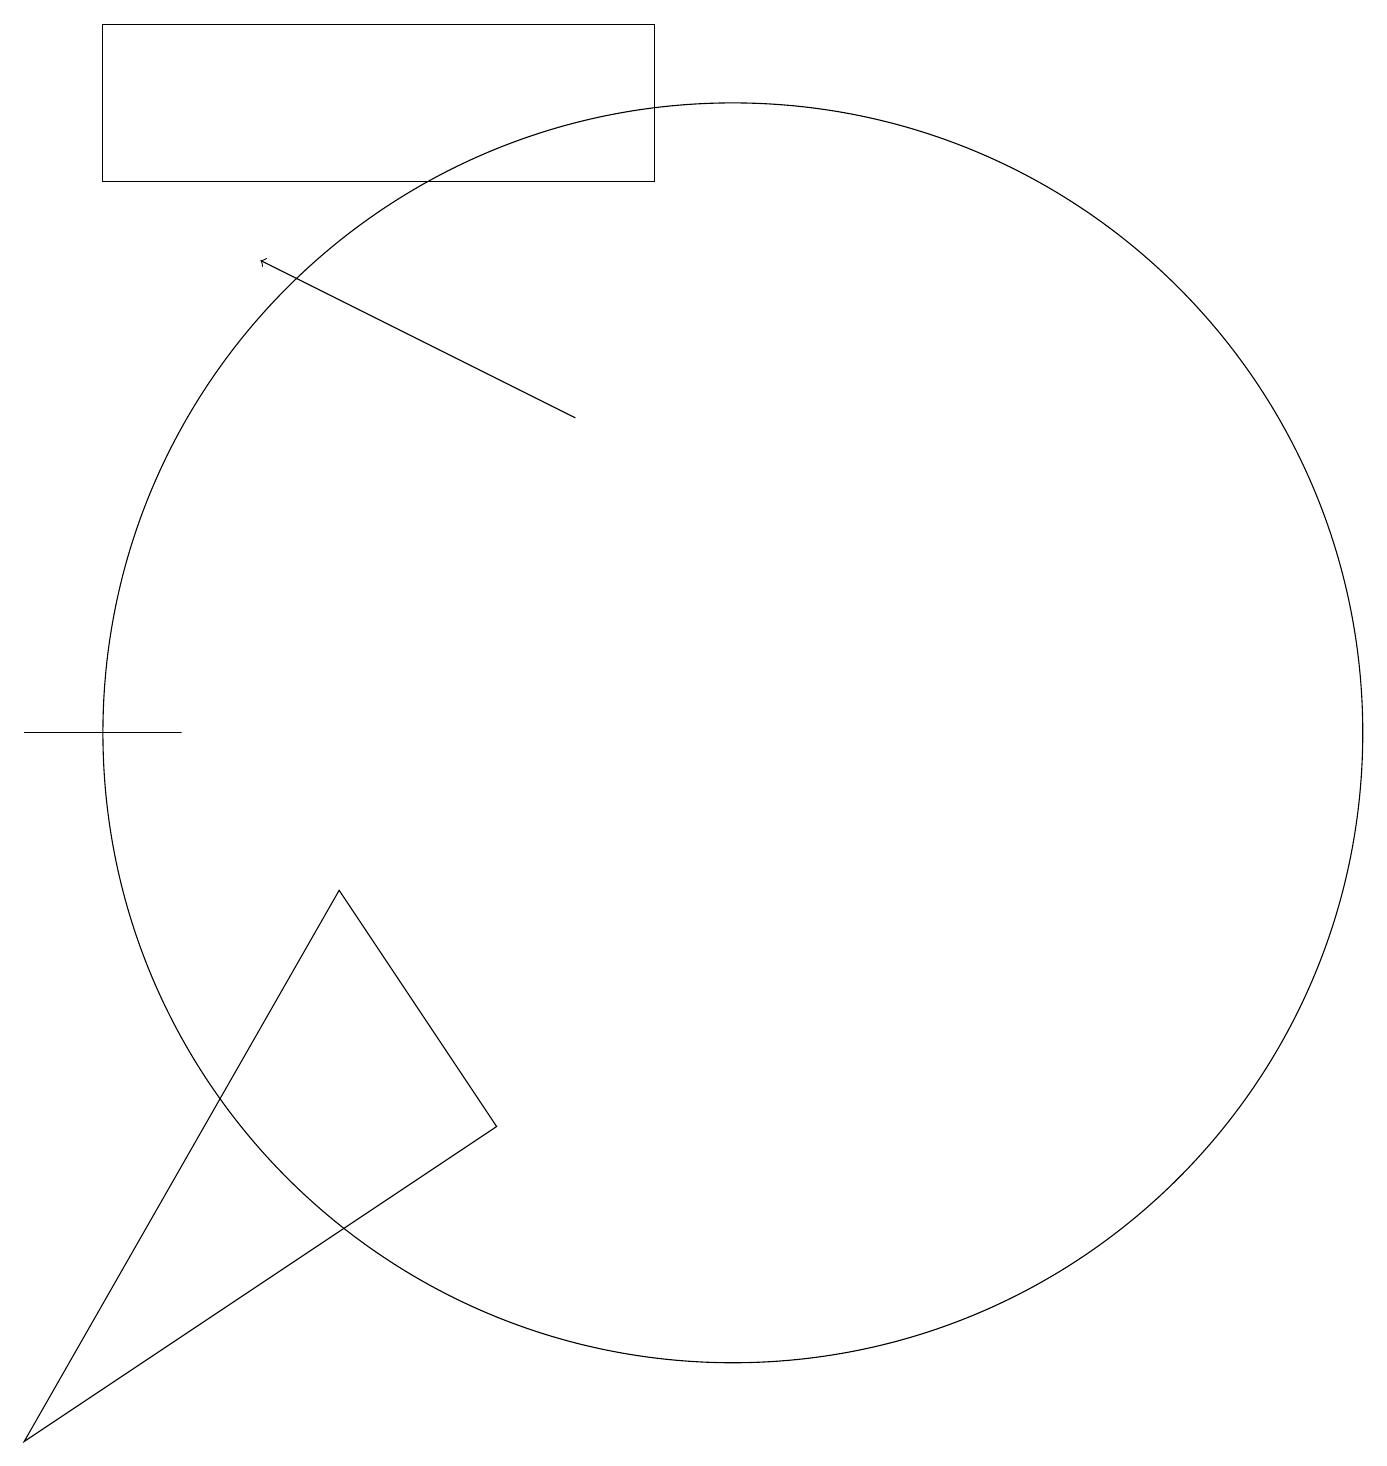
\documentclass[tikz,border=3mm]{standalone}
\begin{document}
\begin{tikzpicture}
\draw (1,10) rectangle (3,10);
\draw (10,10) circle (8);
\draw[->] (8,14) -- (4,16);
\draw (7,5) -- (5,8) -- (1,1) -- cycle;
\draw (2,17) rectangle (9,19);
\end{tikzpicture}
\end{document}